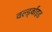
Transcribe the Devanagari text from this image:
वर्ल्ड्वाइड